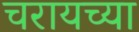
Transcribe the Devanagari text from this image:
चरायच्या